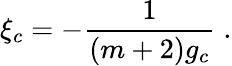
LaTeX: \xi_{c}=-\frac{1}{(m+2)g_{c}}\; .